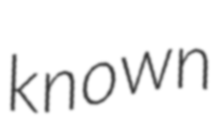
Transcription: known